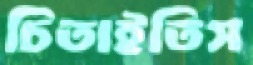
চিতাইতিস